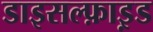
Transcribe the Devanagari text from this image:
डाइसल्फ़ाइ़ड